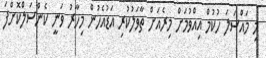
މި މައްސަލަ ހުކުމް އިއްވުމަށް މިރެއަށް ތާވަލުކުރި އަޑުއެހުން މިހާރު ވަނީ ކެންސަލްކޮށްފަ